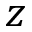
z